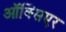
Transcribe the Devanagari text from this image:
ऑक्सिएर